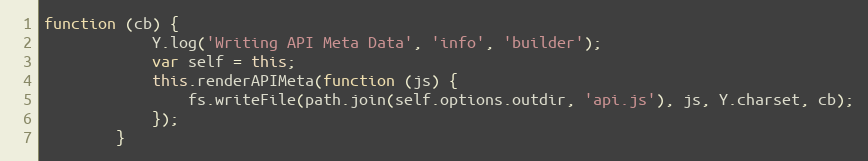
Language: JavaScript
function (cb) {
            Y.log('Writing API Meta Data', 'info', 'builder');
            var self = this;
            this.renderAPIMeta(function (js) {
                fs.writeFile(path.join(self.options.outdir, 'api.js'), js, Y.charset, cb);
            });
        }